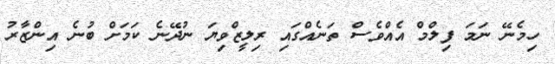
ހިމެނޭ ނަމަ ފިލްމް އެއްވެސް ތަނެއްގައި ރިލީޒްވިޔަ ނުދޭނެ ކަމަށް ބުނެ އިންޒާރު